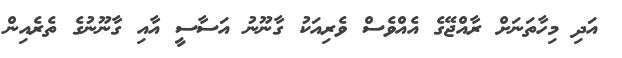
އަދި މިހާތަނަށް ރާއްޖޭގެ އެއްވެސް ވެރިއަކު ގާނޫނު އަސާސީ އާއި ގާނޫނުގެ ތެރެއިން